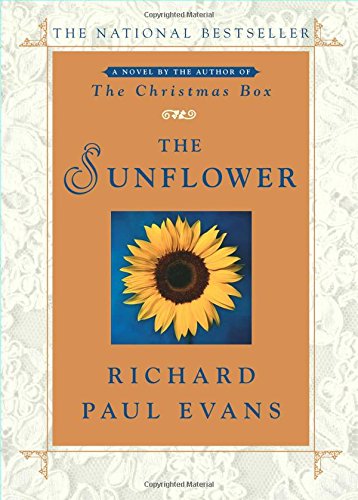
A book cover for The Sunflower; Richard Paul Evans; Romance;